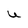
Character: U